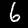
Digit: 6